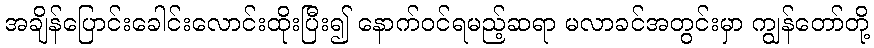
အချိန်ပြောင်းခေါင်းလောင်းထိုးပြီး၍ နောက်ဝင်ရမည့်ဆရာ မလာခင်အတွင်းမှာ ကျွန်တော်တို့